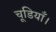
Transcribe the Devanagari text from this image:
चूडियाँ।